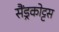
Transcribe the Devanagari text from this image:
सैंड्रकोट्टस